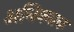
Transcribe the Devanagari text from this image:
अधिकतक